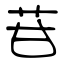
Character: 苷